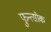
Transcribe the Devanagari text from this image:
फुन्त्सोक